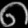
Digit: ၈